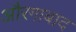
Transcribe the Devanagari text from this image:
औरगाबाद